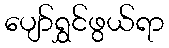
ပျော်ရွှင်ဖွယ်ရာ